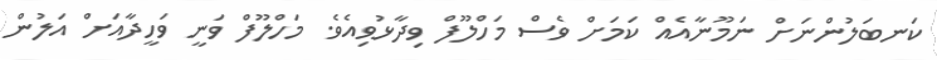
ކަނބަލުންނަށް ނަމޫނާއެއް ކަމަށް ވެސް މަހްލޫފް ވިދާޅުވިއެވެ. މަހްލޫފް ވަނީ ވަހީދާއަށް އަލުން